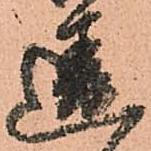
違